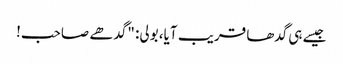
جیسے ہی گدھا قریب آیا، بولی: "گدھے صاحب!